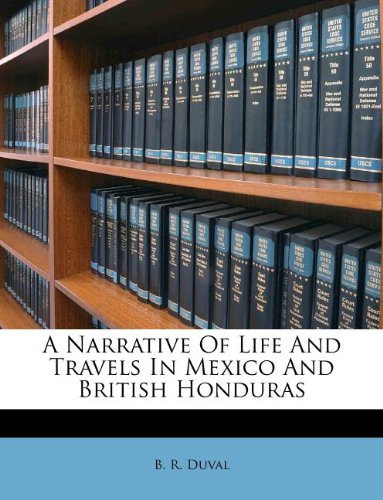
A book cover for A Narrative Of Life And Travels In Mexico And British Honduras; B. R. Duval; Travel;